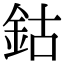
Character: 鈷